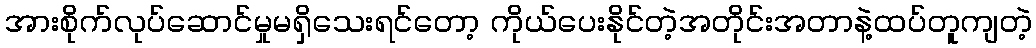
အားစိုက်လုပ်ဆောင်မှုမရှိသေးရင်တော့ ကိုယ်ပေးနိုင်တဲ့အတိုင်းအတာနဲ့ထပ်တူကျတဲ့